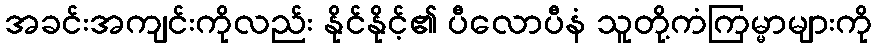
အခင်းအကျင်းကိုလည်း နိုင်နိုင့်၏ ပီလောပီနံ သူတို့ကံကြမ္မာများကို